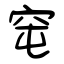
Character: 窀